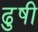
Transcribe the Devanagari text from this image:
ढुषी